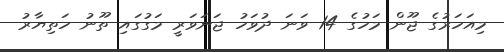
މިއަހަރުގެ ޖޫން މަހުގެ 14 ވަނަ ދުވަހު ޖަނަވަރީ މަގުގައި ތޫނު ހަތިޔާރު